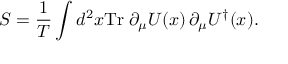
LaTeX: S = { \frac { 1 } { T } } \int d ^ { 2 } x \mathrm { T r } \; \partial _ { \mu } U ( x ) \, \partial _ { \mu } U ^ { \dagger } ( x ) .